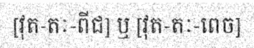
[វុត-តៈ-ពីជ] ឬ [វុត-តៈ-ពេច]